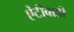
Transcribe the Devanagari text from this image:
ऐंटीबाडी